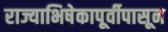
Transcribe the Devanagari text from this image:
राज्याभिषेकापूर्वीपासून